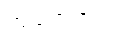
ကျရောက်၍